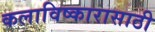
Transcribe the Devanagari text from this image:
कलाविष्कारासाठी